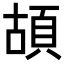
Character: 𩑶